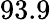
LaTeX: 93.9